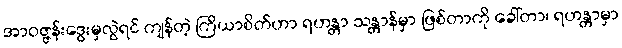
အာဝဇ္ဇန်းဒွေးမှလွဲရင် ကျန်တဲ့ ကြိယာစိတ်ဟာ ရဟန္တာ သန္တာန်မှာ ဖြစ်တာကို ခေါ်တာ၊ ရဟန္တာမှာ